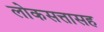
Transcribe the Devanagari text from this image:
लोकसत्तासह